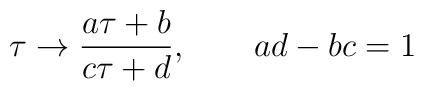
\tau \rightarrow \frac{a \tau +b}{c \tau +d} , \qquad ad-bc =1